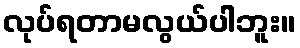
လုပ်ရတာမလွယ်ပါဘူး။